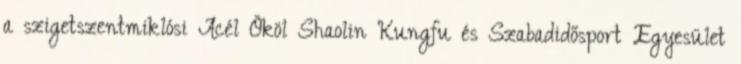
a szigetszentmiklósi Acél Ököl Shaolin Kungfu és Szabadidősport Egyesület